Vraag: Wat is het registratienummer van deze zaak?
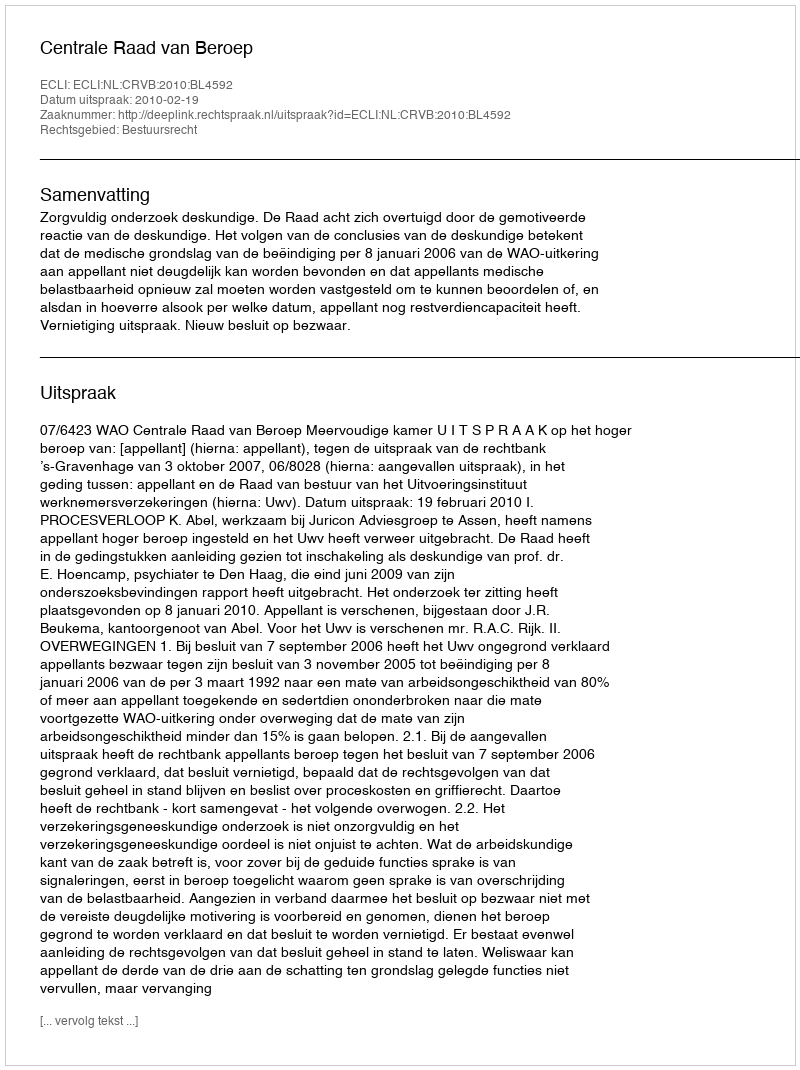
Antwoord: http://deeplink.rechtspraak.nl/uitspraak?id=ECLI:NL:CRVB:2010:BL4592